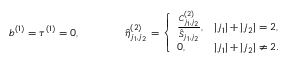
b ^ { ( 1 ) } = \tau ^ { ( 1 ) } = 0 , \qquad \qquad \hat { \eta } _ { j _ { 1 } , j _ { 2 } } ^ { ( 2 ) } = \left\{ \begin{array} { l l } { \frac { C _ { j _ { 1 } , j _ { 2 } } ^ { ( 2 ) } } { \hat { S } _ { j _ { 1 } , j _ { 2 } } } , } & { | j _ { 1 } | + | j _ { 2 } | = 2 , } \\ { 0 , } & { | j _ { 1 } | + | j _ { 2 } | \neq 2 . } \end{array} \right.